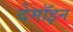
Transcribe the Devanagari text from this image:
देमॉइन